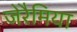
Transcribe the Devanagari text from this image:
जेरैमिया